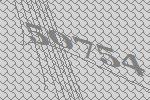
50754